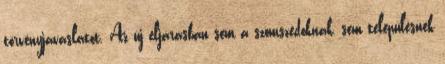
törvényjavaslatot. Az új eljárásban sem a szomszédoknak, sem településnek